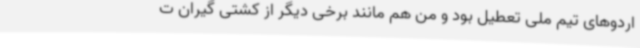
اردوهای تیم ملی تعطیل بود و من هم مانند برخی دیگر از کشتی گیران ت